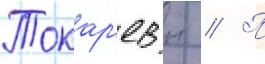
Токар'ев н // П